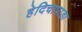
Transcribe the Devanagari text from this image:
हेदिचापाडा